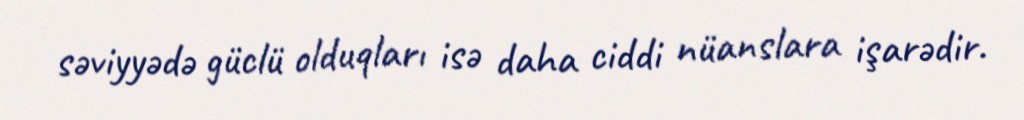
səviyyədə güclü olduqları isə daha ciddi nüanslara işarədir.